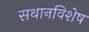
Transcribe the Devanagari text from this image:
सथानविशेष